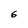
Character: 6